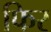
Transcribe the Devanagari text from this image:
फिर